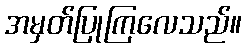
အမှတ်ပြုကြလေသည်။